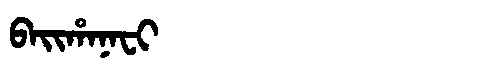
Manchu: ᠪᠠᡳᡥᠠᠨᠠᠸᡳ
Romanization: BAIHANAFI